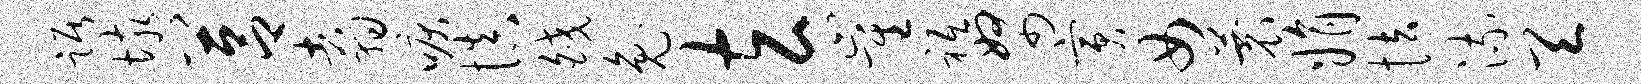
踞垓莒翥唳慎皎兔玄崔祗帑寅女蓑娟怯流天